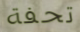
تحفة